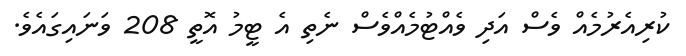
ކުރިއެރުމެއް ވެސް އަދި ވެއްޓުމެއްވެސް ނެތި އެ ޓީމު އޮތީ 208 ވަނައިގައެވެ.